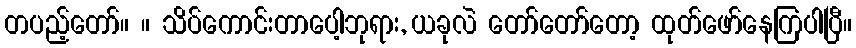
တပည့်တော်။ ။ သိပ်ကောင်းတာပေါ့ဘုရား, ယခုလဲ တော်တော်တော့ ထုတ်ဖော်နေကြပါပြီ။